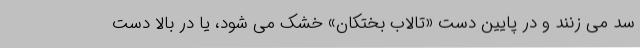
سد می زنند و در پایین دست «تالاب بختکان» خشک می شود، یا در بالا دست